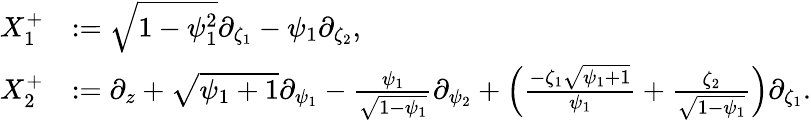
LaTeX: \begin{array}{rl}{X_{1}^{+}}&{:=\sqrt{1-\psi_{1}^{2}}\partial_{\zeta_{1}}-\psi_{1}\partial_{\zeta_{2}},}\\ {X_{2}^{+}}&{:=\partial_{z}+\sqrt{\psi_{1}+1}\partial_{\psi_{1}}-\frac{\psi_{1}}{\sqrt{1-\psi_{1}}}\partial_{\psi_{2}}+\left(\frac{-\zeta_{1}\sqrt{\psi_{1}+1}}{\psi_{1}}+\frac{\zeta_{2}}{\sqrt{1-\psi_{1}}}\right)\partial_{\zeta_{1}}.}\end{array}